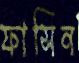
ফাসিন